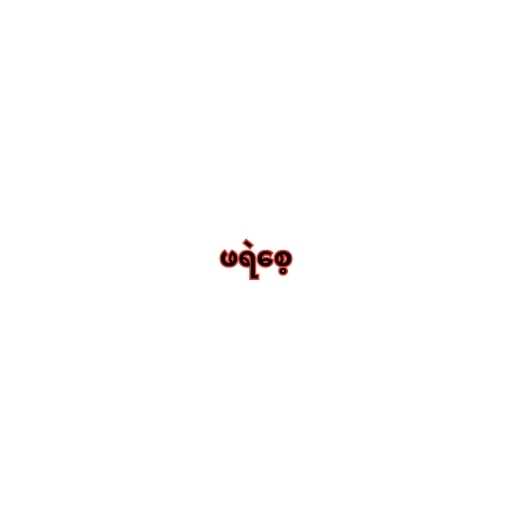
ဖရဲစေ့